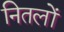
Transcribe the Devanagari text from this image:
नितलों